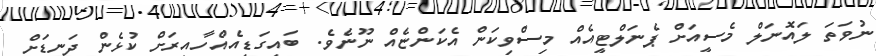
ނުވަތަ ލައޮނަލް މެސީއަށް ޕެނަލްޓީއެއް މިސްވިކަން އެކަންޏެއް ނޫނެވެ. ބައިގަޑިއެއްހާއިރަށް ކުޅެން ދަނޑަށް